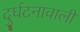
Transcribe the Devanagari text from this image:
दुर्घटनावाली